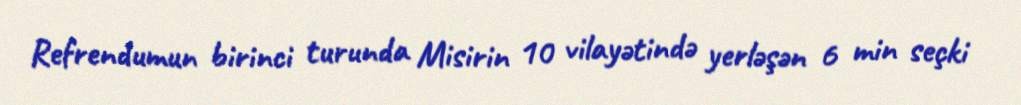
Refrendumun birinci turunda Misirin 10 vilayətində yerləşən 6 min seçki